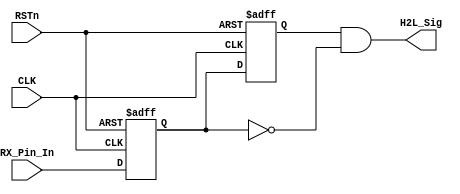
////////////////////////////////////////////////////////////////
//// H2L_DETECT_MODULE.v
//// 			 		ZHAOCHAO
//// 						2016-11-14
////////////////////////////////////////////
////
	
module H2L_DETECT_MODULE
(
	CLK, RSTn,
	RX_Pin_In,
	H2L_Sig
);

	input CLK;
	input RSTn;
	input RX_Pin_In;
	output H2L_Sig;
	
	//////////////////////////////////
	
	reg H2L_F1;
	reg H2L_F2;
	
	always@(posedge CLK or negedge RSTn)
		if (!RSTn)
			begin
				H2L_F1 <= 1'b1;
				H2L_F2 <= 1'b1;
			end
		else
			begin
				H2L_F1 <= RX_Pin_In;
				H2L_F2 <= H2L_F1;
			end
			
	///////////////////////////////////
	
	assign H2L_Sig = H2L_F2 & !H2L_F1;
	
	
endmodule